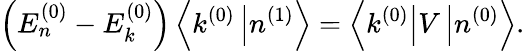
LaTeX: \left(E_{n}^{(0)}-E_{k}^{(0)}\right)\left\langle k^{(0)}\right.\left|n^{(1)}\right\rangle=\left\langle k^{(0)}\right|V\left|n^{(0)}\right\rangle.